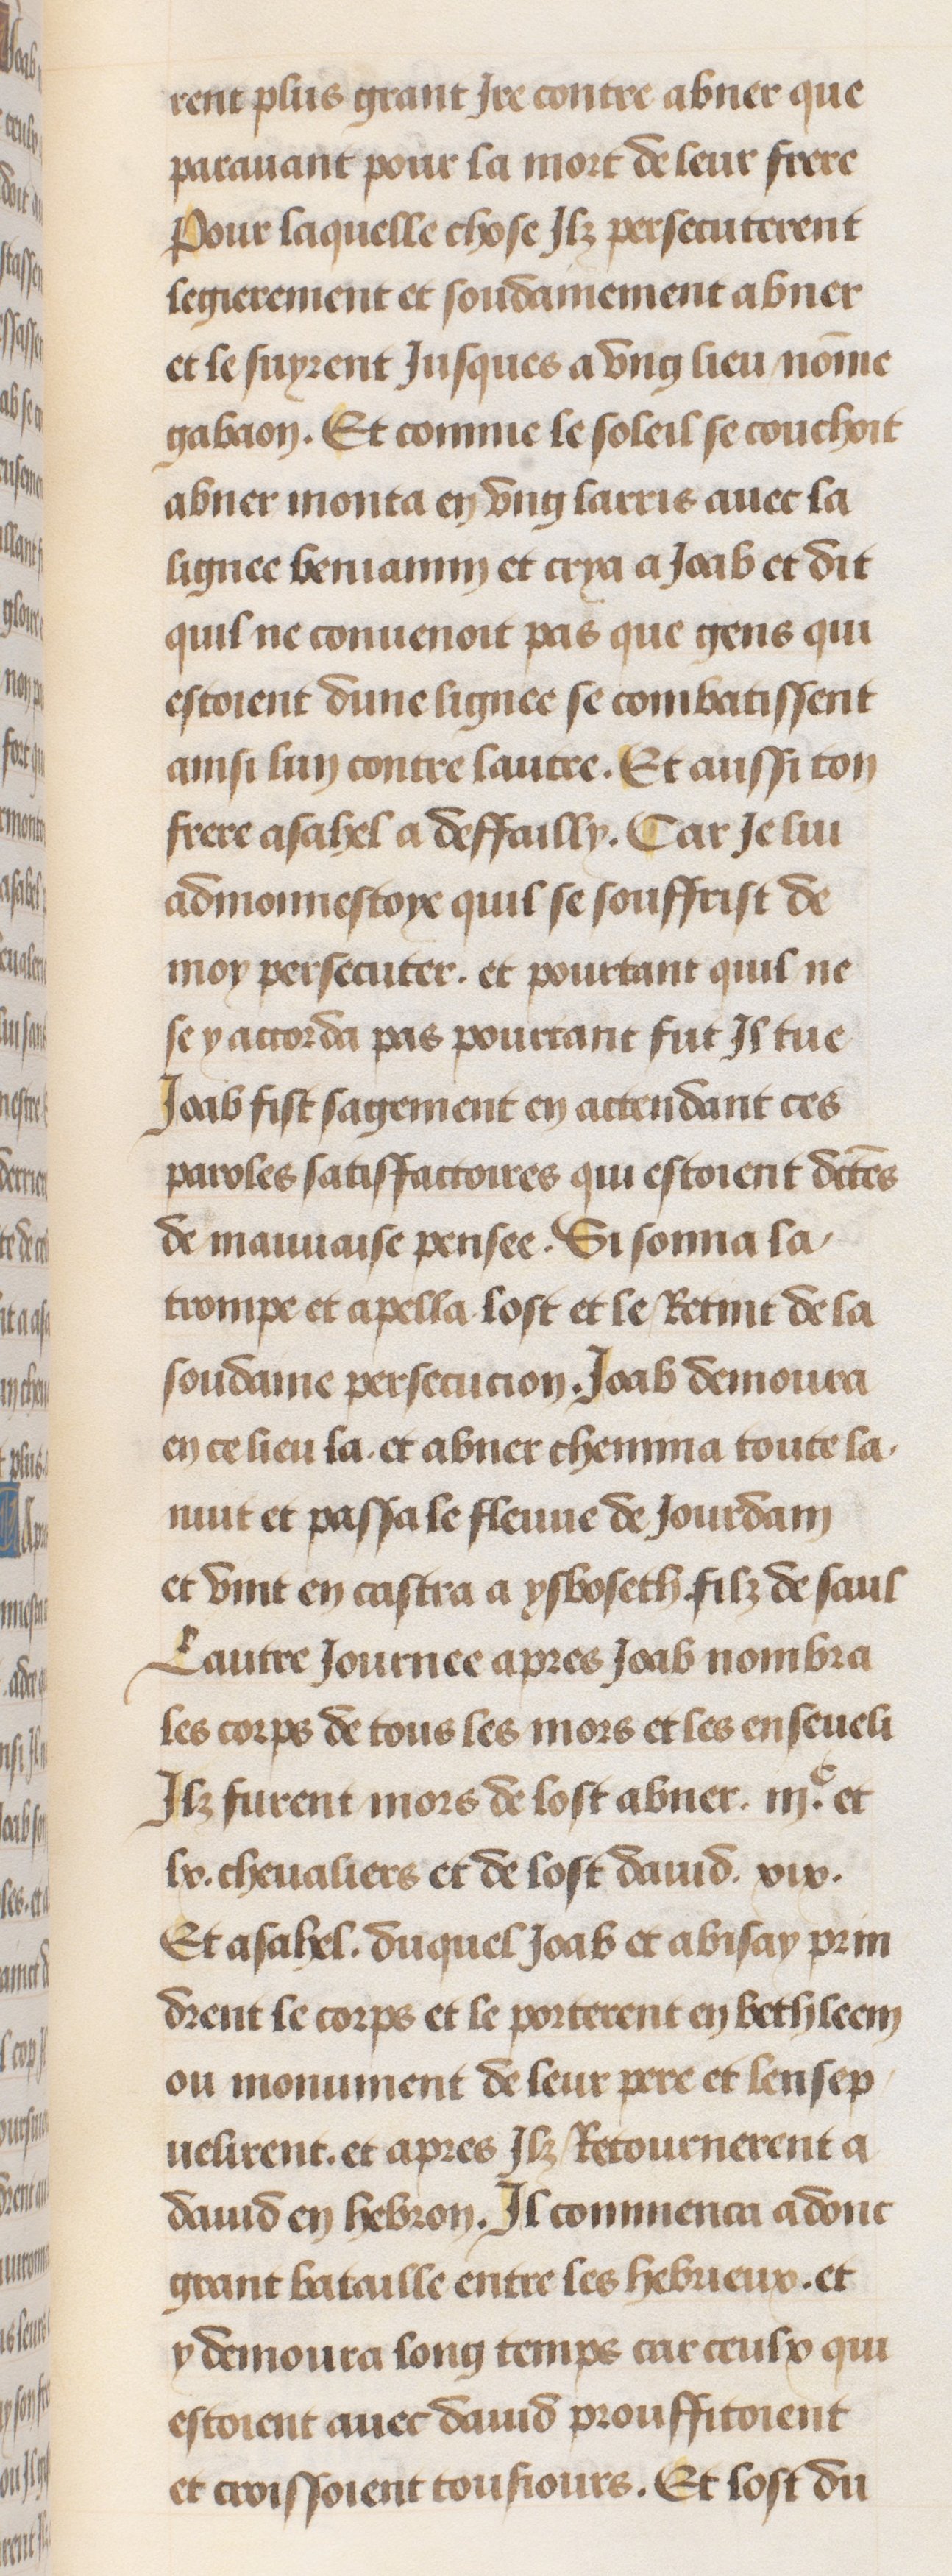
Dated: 1470–1499